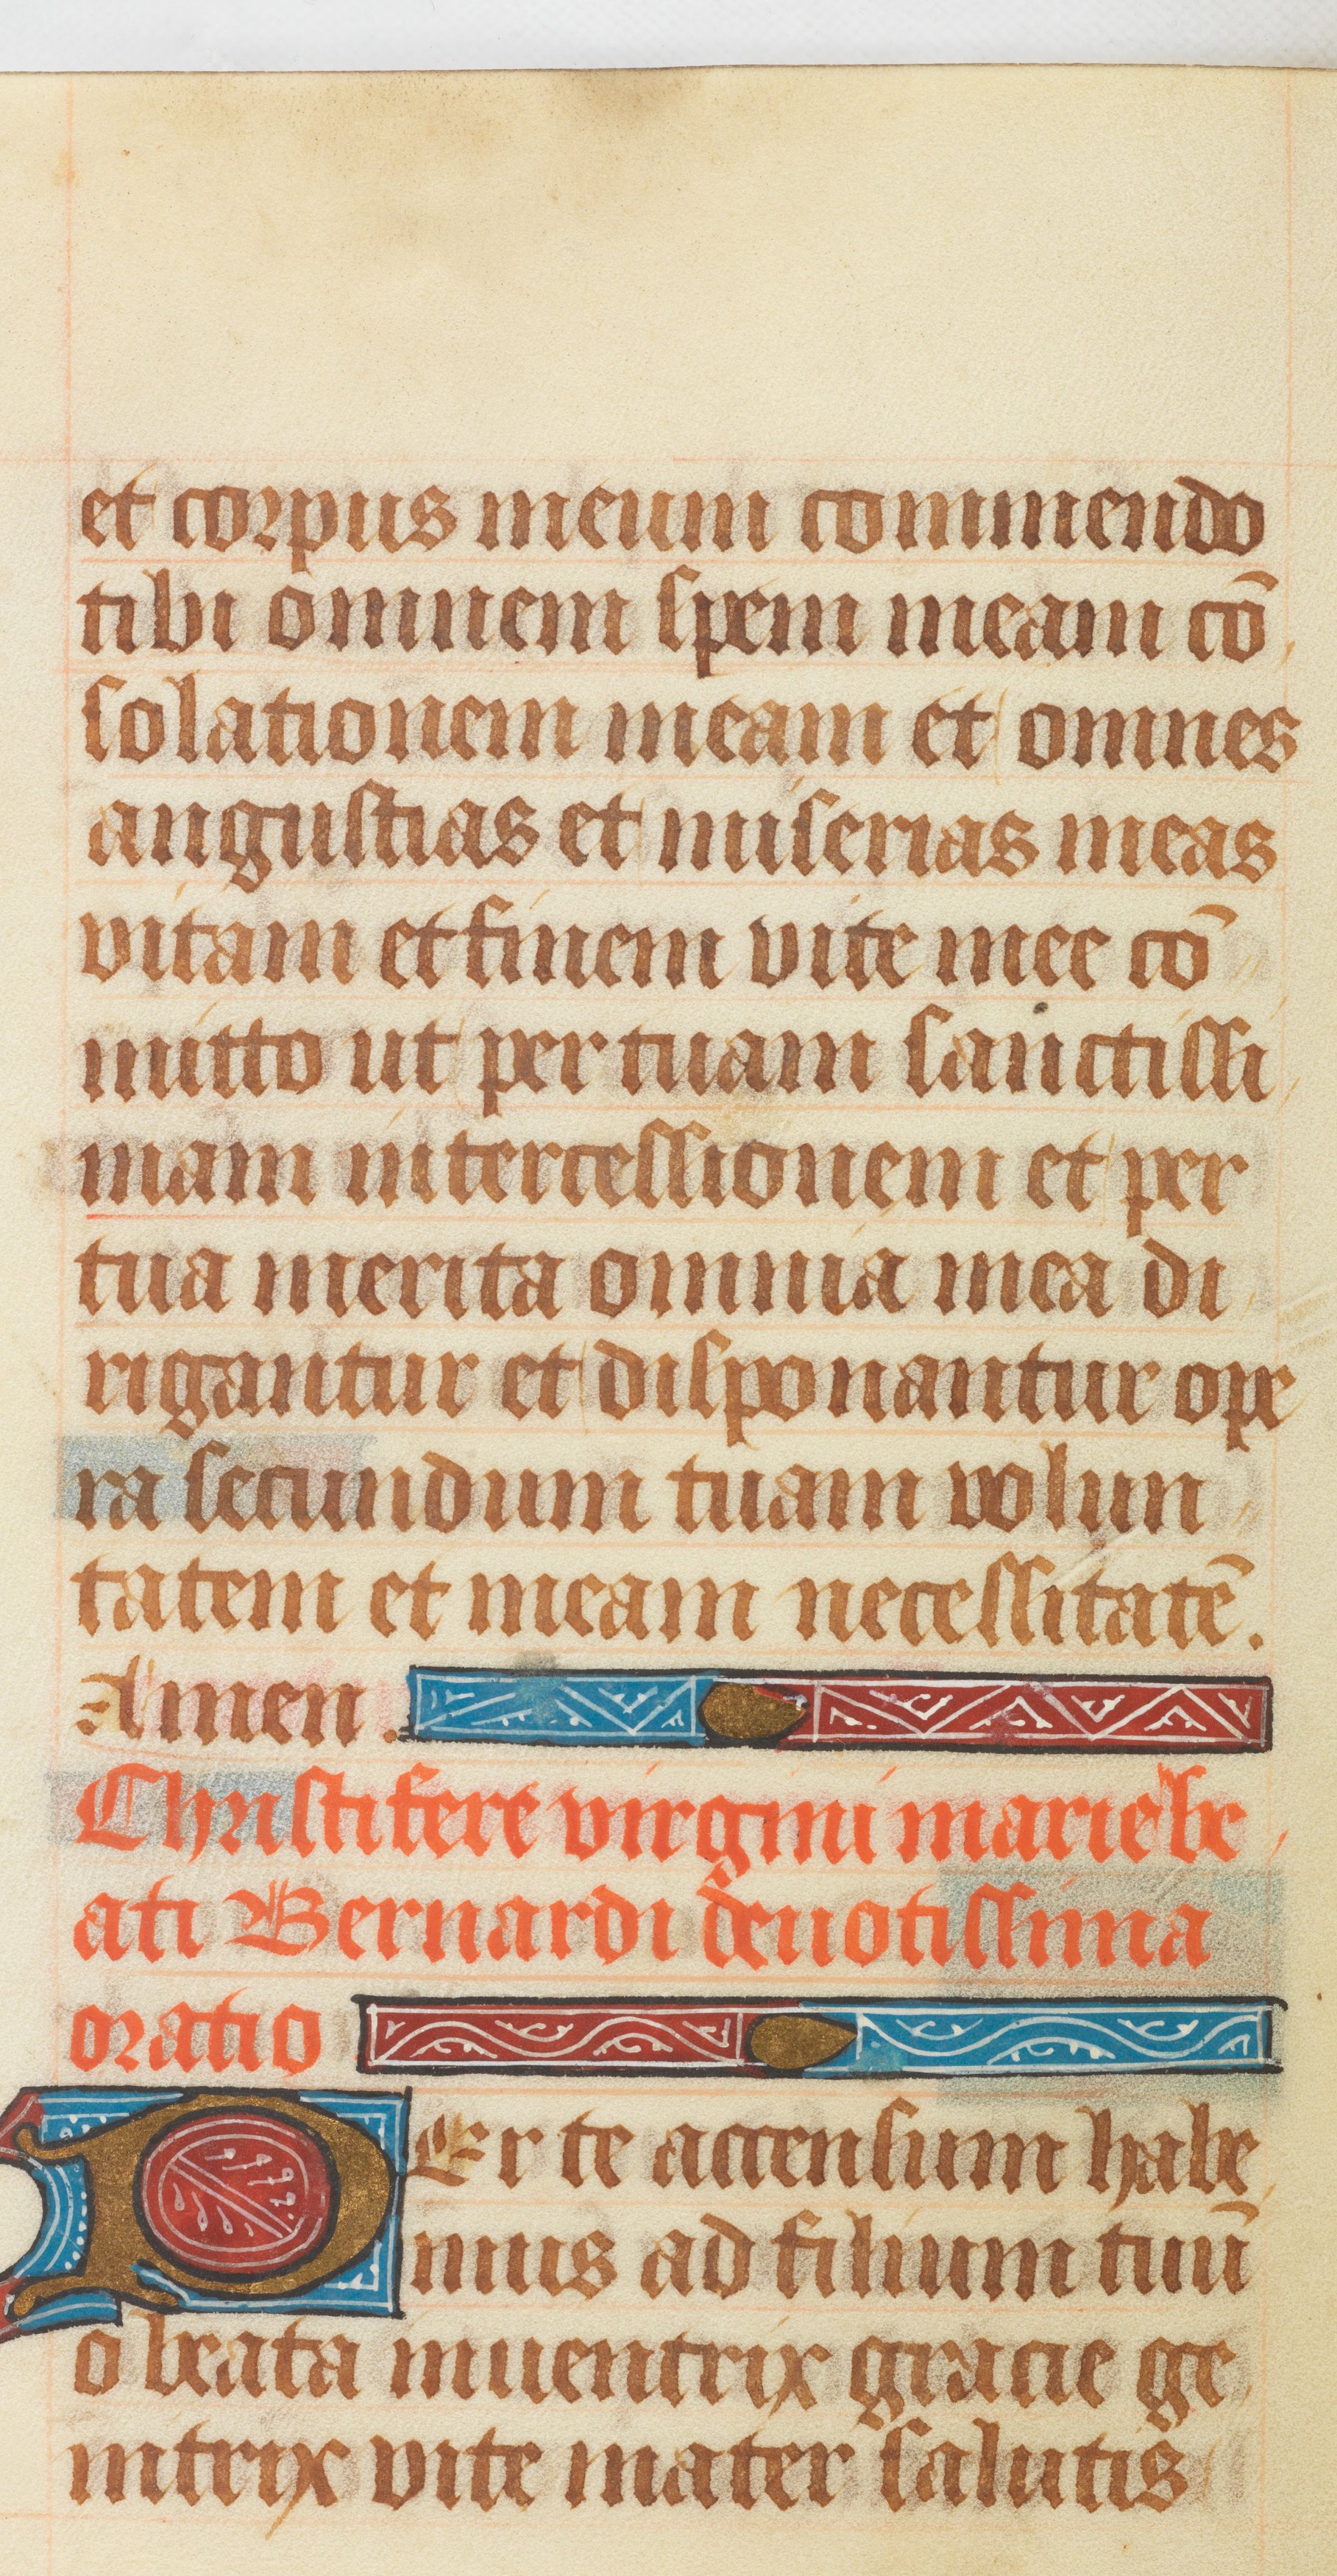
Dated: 1511–1520